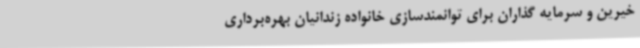
خیرین و سرمایه گذاران برای توانمندسازی خانواده زندانیان بهره‌برداری